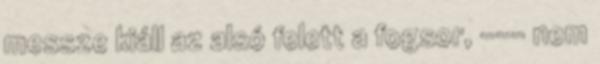
messze kiáll az alsó felett a fogsor, --- nem